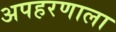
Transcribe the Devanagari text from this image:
अपहरणाला